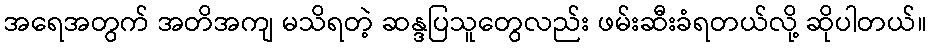
အရေအတွက် အတိအကျ မသိရတဲ့ ဆန္ဒပြသူတွေလည်း ဖမ်းဆီးခံရတယ်လို့ ဆိုပါတယ်။